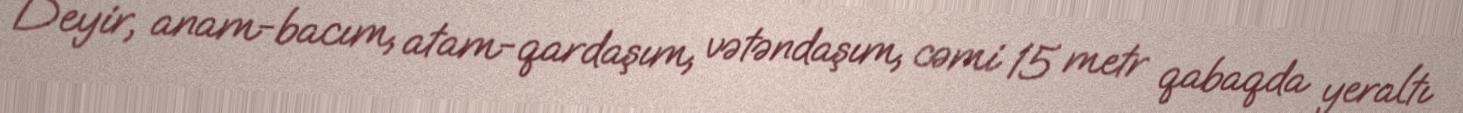
Deyir, anam-bacım, atam-qardaşım, vətəndaşım, cəmi 15 metr qabaqda yeraltı